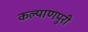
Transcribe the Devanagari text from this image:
कल्याणपुरी